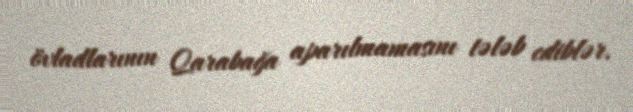
övladlarının Qarabağa aparılmamasını tələb ediblər.